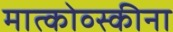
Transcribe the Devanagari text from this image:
मात्कोव्स्कीना